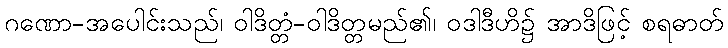
ဂဏော-အပေါင်းသည်၊ ဝါဒိတ္တံ-ဝါဒိတ္တမည်၏၊ ဝဒါဒီဟိ၌ အာဒိဖြင့် စရဓာတ်